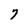
Character: 7